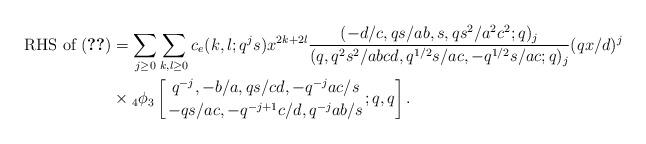
LaTeX: \begin{align*}\mbox{RHS of (\ref{general-5})}&=\sum_{j\geq 0} \sum_{k,l\geq 0}c_e(k,l;q^j s)x^{2k+2l} {(-d/c,qs/ab,s,qs^2/a^2c^2;q)_{j}\over (q,q^{2}s^2/abcd,q^{1/2}s/ac,-q^{1/2}s/ac;q)_{j}}(qx/d)^j\\&\times{}_4\phi_3\left[{q^{-j},-b/a,qs/cd,-q^{-j}ac/s\atop-qs/ac,-q^{-j+1}c/d,q^{-j}ab/s};q,q\right]. \end{align*}